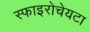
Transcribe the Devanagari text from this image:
स्फाइरोचेयटा